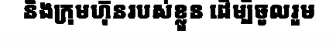
និងក្រុមហ៊ុនរបស់ខ្លួន ដើម្បីចូលរួម